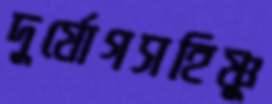
দুর্যোগসহিষ্ণু